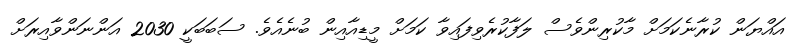
އައްޔަން ކުރާނެކަމަށް މާކުރިންވެސް ލަފާކުރެވިފައިވާ ކަމަށް މީޑިއާއިން ބުނެއެވެ. ސަބަބަކީ 2030 އަންނަންވާއިރަށް